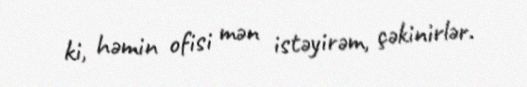
ki, həmin ofisi mən istəyirəm, çəkinirlər.